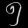
Digit: ၅